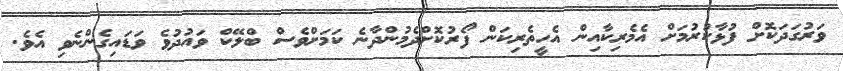
ވަރުގަދަކޮށް ފުޅާކުރުމަށް އެމެރިކާއިން އެހީތެރިކަން ފޯރުކޮށްދެމުންދާނެ ކަމަށްވެސް ބްލޭކް ވައުދުވެ ވަޑައިގެންނެވި އެވެ.